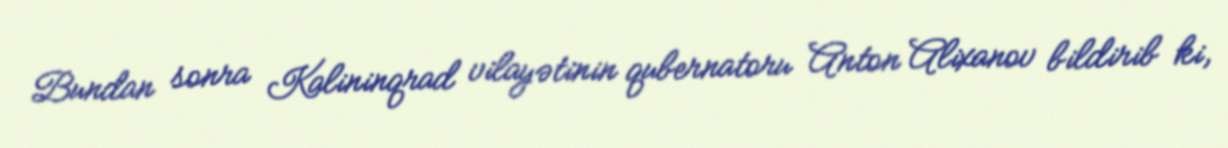
Bundan sonra Kalininqrad vilayətinin qubernatoru Anton Alixanov bildirib ki,